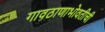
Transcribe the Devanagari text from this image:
गावठाणाभोवतीची